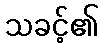
သခင့်၏